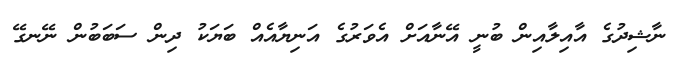
ނާޝިދުގެ އާއިލާއިން ބުނީ އޭނާއަށް އެވަރުގެ އަނިޔާއެެއް ބަޔަކު ދިން ސަބަބުން ނޭނގޭ